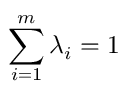
\sum _ { i = 1 } ^ { m } \lambda _ { i } = 1